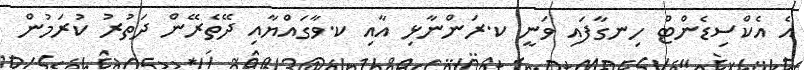
އެ އެކްސިޑެންޓް ހިނގާފައި ވަނީ ކ.ރަންނާޅި އާއި ކ.ވާގައްޔާއި ދޭތެރޭން ދަތުރު ކުރަމުން